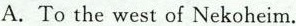
A. To the west of Nekoheim.